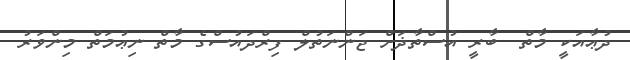
ދުޢާއަކީ މާތް  ބާރީ އުސްތާޛަށް ޖަންނަތުލް ފިރްދައުސްގެ މާތް ނިޢުމަތް މިންވަރު